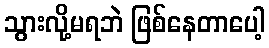
သွားလို့မရဘဲ ဖြစ်နေတာပေါ့